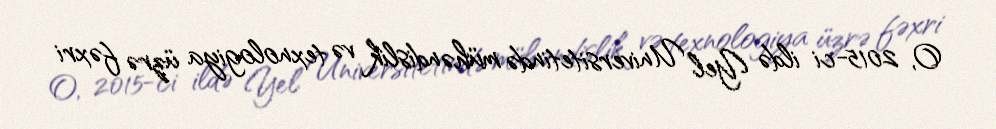
O, 2015-ci ildə Yel Universitetində mühəndislik və texnologiya üzrə fəxri